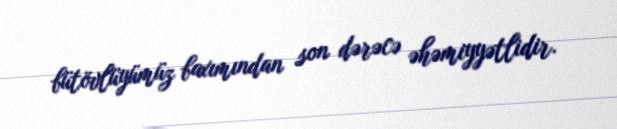
bütövlüyümüz baxımından son dərəcə əhəmiyyətlidir.